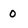
Character: 0